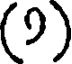
(9)